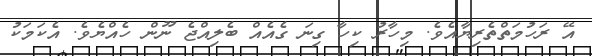
އޭ ރަހުމަތްތެރިޔާއެވެ. މިހާރު ކިހާ ގިނަ ގެއެއް ބެލިއްޖެ ނޫން ހެއްޔެވެ. އެކަމަކު